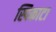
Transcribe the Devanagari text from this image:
स्पिकाटा